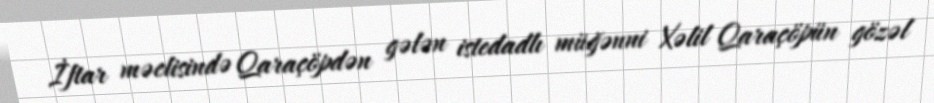
İftar məclisində Qaraçöpdən gələn istedadlı müğənni Xəlil Qaraçöpün gözəl